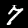
Label: 7